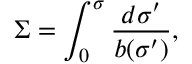
\Sigma = \int _ { 0 } ^ { \sigma } \frac { d \sigma ^ { \prime } } { b ( \sigma ^ { \prime } ) } ,